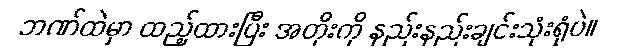
ဘဏ်ထဲမှာ ထည့်ထားပြီး အတိုးကို နည်းနည်းချင်းသုံးရုံပဲ။